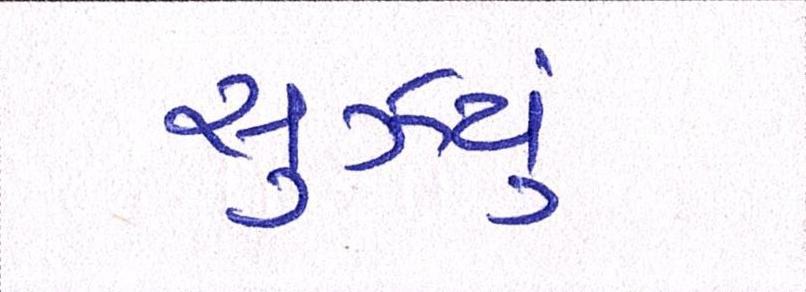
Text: સુઝયું